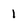
Character: 1